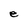
Character: e